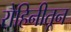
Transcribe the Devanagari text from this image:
रोहिनीतून